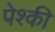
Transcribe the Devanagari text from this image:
पेश्की